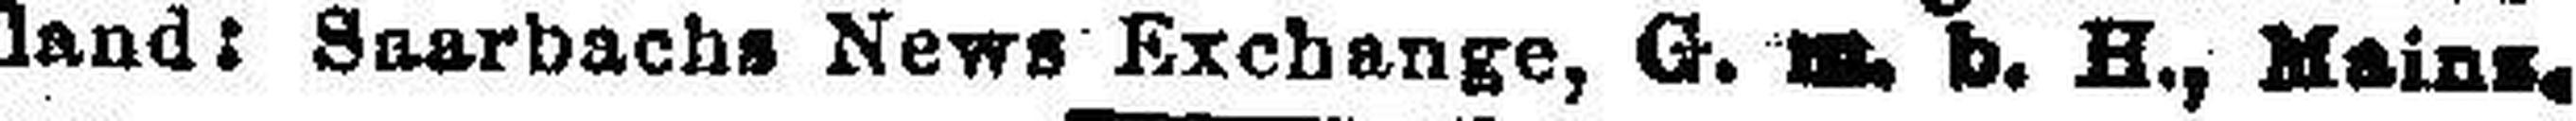
land: Saarbachs News Exchange, G. m. b. H., Mainz.